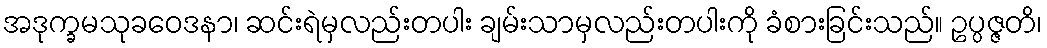
အဒုက္ခမသုခဝေဒနာ၊ ဆင်းရဲမှလည်းတပါး ချမ်းသာမှလည်းတပါးကို ခံစားခြင်းသည်။ ဥပ္ပဇ္ဇတိ၊